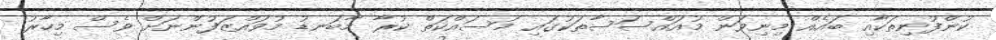
ކުންފުނިތަކާއި ބައެއް މިނިވަން މުއައްސަސާތަކުގައި މަސައްކަތް ކުރާ މާބަނޑު މުވައްޒަފުންނަށް ވެސް މިހާރު